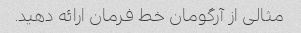
مثالی از آرگومان خط فرمان ارائه دهید.